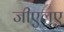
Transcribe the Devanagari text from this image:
जीएलए